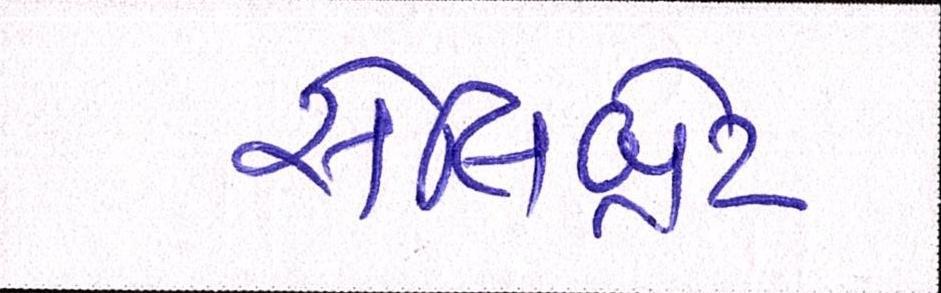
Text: સેલિબ્રેટ